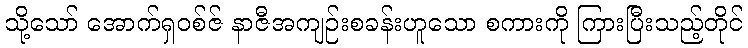
သို့သော် အောက်ရှဝစ်ဇ် နာဇီအကျဉ်းစခန်းဟူသော စကားကို ကြားပြီးသည့်တိုင်